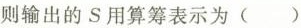
则输出的S用算筹表示为()